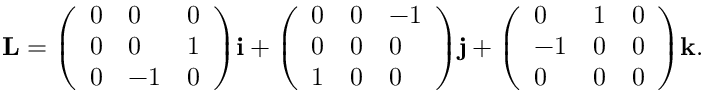
\mathbf { L } = { \left( \begin{array} { l l l } { 0 } & { 0 } & { 0 } \\ { 0 } & { 0 } & { 1 } \\ { 0 } & { - 1 } & { 0 } \end{array} \right) } \mathbf { i } + { \left( \begin{array} { l l l } { 0 } & { 0 } & { - 1 } \\ { 0 } & { 0 } & { 0 } \\ { 1 } & { 0 } & { 0 } \end{array} \right) } \mathbf { j } + { \left( \begin{array} { l l l } { 0 } & { 1 } & { 0 } \\ { - 1 } & { 0 } & { 0 } \\ { 0 } & { 0 } & { 0 } \end{array} \right) } \mathbf { k } .